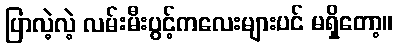
ပြာလဲ့လဲ့ လမ်းမီးပွင့်ကလေးများပင် မရှိတော့။